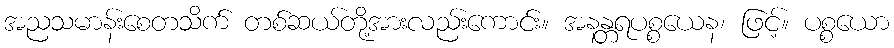
အညသမာန်းစေတသိက် တစ်ဆယ်တို့အားလည်းကောင်း။ အနန္တရပစ္စယေန၊ ဖြင့်။ ပစ္စယော